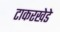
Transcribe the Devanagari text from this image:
टाकरखेडे